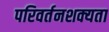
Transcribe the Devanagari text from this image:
परिवर्तनशक्यता